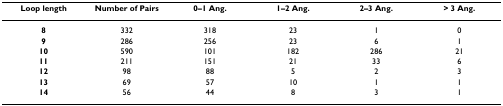
<table><thead><tr><td><b>Loop length</b></td><td><b>Number of Pairs</b></td><td><b>0–1 Ang.</b></td><td><b>1–2 Ang.</b></td><td><b>2–3 Ang.</b></td><td><b>&gt; 3 Ang.</b></td></tr></thead><tbody><tr><td><b>8</b></td><td>332</td><td>318</td><td>23</td><td>1</td><td>0</td></tr><tr><td><b>9</b></td><td>286</td><td>256</td><td>23</td><td>6</td><td>1</td></tr><tr><td><b>10</b></td><td>590</td><td>101</td><td>182</td><td>286</td><td>21</td></tr><tr><td><b>11</b></td><td>211</td><td>151</td><td>21</td><td>33</td><td>6</td></tr><tr><td><b>12</b></td><td>98</td><td>88</td><td>5</td><td>2</td><td>3</td></tr><tr><td><b>13</b></td><td>69</td><td>57</td><td>10</td><td>1</td><td>1</td></tr><tr><td><b>14</b></td><td>56</td><td>44</td><td>8</td><td>3</td><td>1</td></tr></tbody></table>